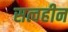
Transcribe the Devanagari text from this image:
सत्वहीन